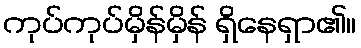
ကုပ်ကုပ်မှိန်မှိန် ရှိနေရှာ၏။